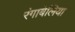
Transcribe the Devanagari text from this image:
रंगाबेलिया